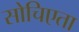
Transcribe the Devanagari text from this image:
सोचिएता